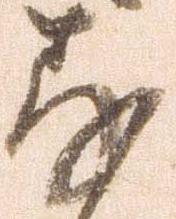
存